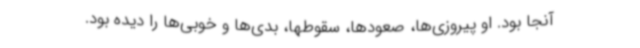
آنجا بود. او پیروزی‌ها، صعودها، سقوطها، بدی‌ها و خوبی‌ها را دیده بود.